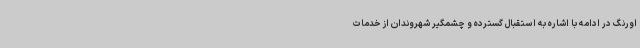
اورنگ در ادامه با اشاره به استقبال گسترده و چشمگیر شهروندان از خدمات